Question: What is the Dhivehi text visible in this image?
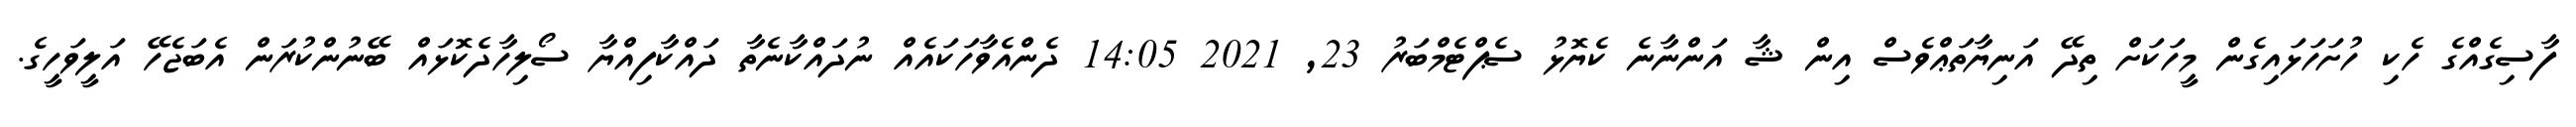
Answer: ފާސިގެއްގެ ހެކި ހުށަހަޅައިގެން މީހަކަށް ތިދޭ އަނިޔާތަޢްވެސް އިން ޝާ އަންނާނެ ކެޔޮޅު ސެޕްޓެމްބަރު 23, 2021 14:05 ދެންއެވާހަކައެއް ނުދައްކާނެތާ ދައްކާފިއްޔާ ސޯލިހާދެކޮޅައް ބޭނުންކުރަން އެބަޖެހޭ އަލީވަހީގެ.